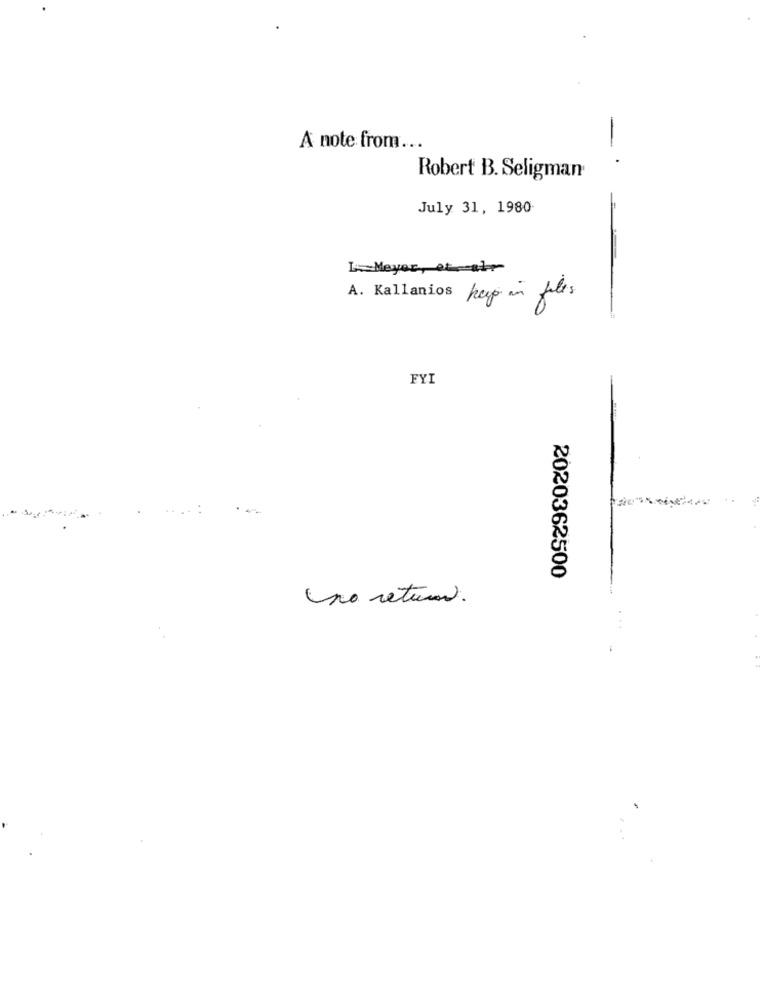
-
A note from ...
Robert B. Seligman
July 31, 1980-
L=Meyer, et-abr
=
A. Kallanios hago in felis
FYI
2020362500
no returer.